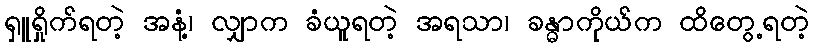
ရှူရှိုက်ရတဲ့ အနံ့၊ လျှာက ခံယူရတဲ့ အရသာ၊ ခန္ဓာကိုယ်က ထိတွေ့ရတဲ့